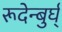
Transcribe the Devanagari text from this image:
रूदेन्बुर्घ्